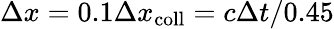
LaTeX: \Delta x=0.1\Delta x_{\mathrm{coll}}=c\Delta t/0.45